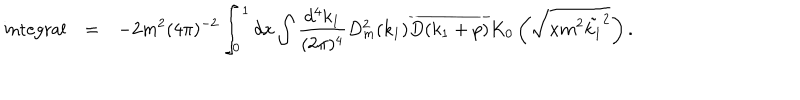
LaTeX: \begin{array} { r c l } { { \mathrm { i n t e g r a l } } } & { { = } } & { { \displaystyle - 2 m ^ { 2 } ( 4 \pi ) ^ { - 2 } \int _ { 0 } ^ { 1 } d x \int \frac { d ^ { 4 } k _ { 1 } } { ( 2 \pi ) ^ { 4 } } D _ { m } ^ { 2 } ( k _ { 1 } ) \overline { { { D ( k _ { 1 } + p ) } } } K _ { 0 } \left( \sqrt { x m ^ { 2 } \tilde { k _ { 1 } } ^ { 2 } } \right) . } } \\ \end{array}